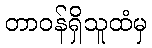
တာဝန်ရှိသူထံမှ